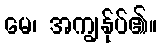
မေ၊ အကျွန်ုပ်၏။